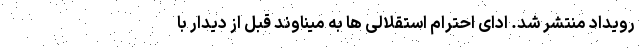
رویداد منتشر شد. ادای احترام استقلالی ها به میناوند قبل از دیدار با